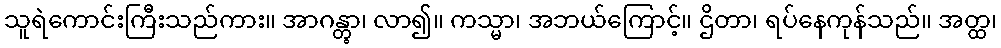
သူရဲကောင်းကြီးသည်ကား။ အာဂန္တွာ၊ လာ၍။ ကသ္မာ၊ အဘယ်ကြောင့်။ ဌိတာ၊ ရပ်နေကုန်သည်။ အတ္ထ၊